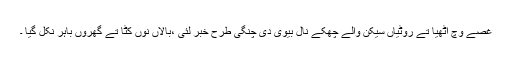
غصے وچ اٹھیا تے روٹیاں سیکن والے چھکے نال بیوی دی چنگی طرح خبر لئی ،بالاں نوں کٹا تے گھروں باہر نکل گیا ۔